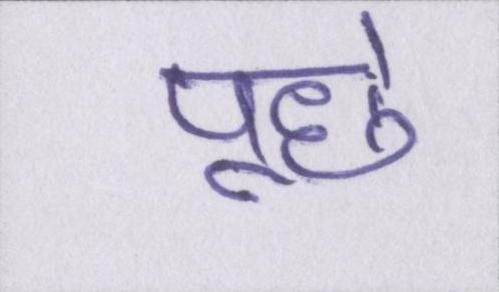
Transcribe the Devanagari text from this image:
पूछे